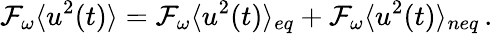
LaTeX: \mathcal{F}_{\omega}\langle u^{2}(t)\rangle=\mathcal{F}_{\omega}\langle u^{2}(t)\rangle_{eq}+\mathcal{F}_{\omega}\langle u^{2}(t)\rangle_{neq}\, .